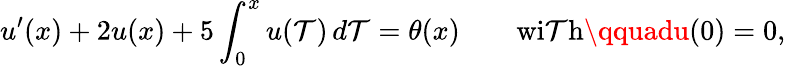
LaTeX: u^{\prime}(x)+2u(x)+5\int_{0}^{x}u(\mathcal{T})\, d\mathcal{T}=\theta(x)\qquad{\mathrm{{wi\mathcal{T}h}}}\qquadu(0)=0,